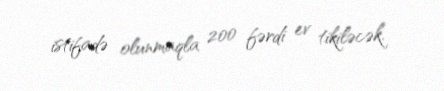
istifadə olunmaqla 200 fərdi ev tikiləcək.